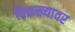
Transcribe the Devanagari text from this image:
विळख्यावर